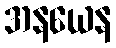
အနယေန